Vaccination Hyderabad 1872-1889 - 1872-1889
Year: 1872
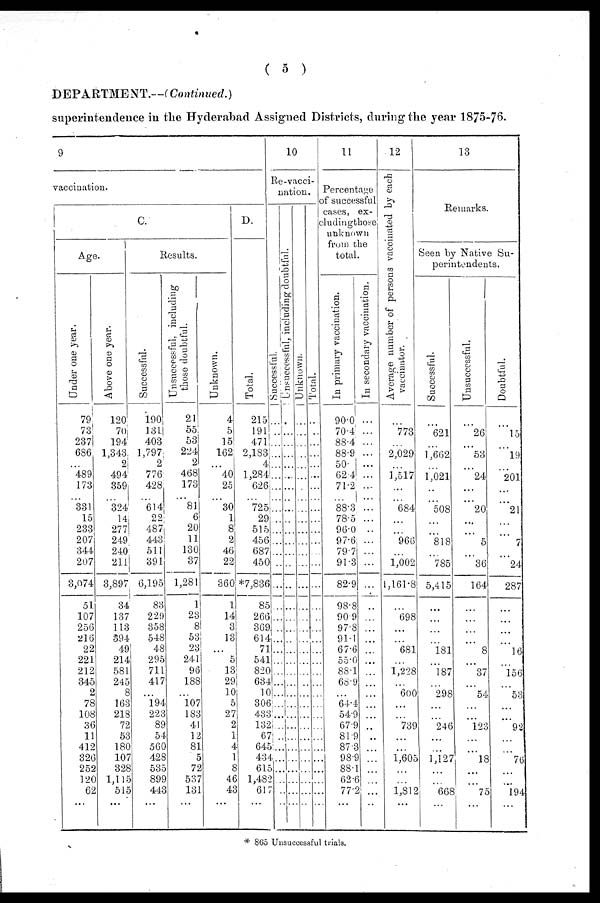
( 5 )
DEPARTMENT.—(Continued.)
superintendence in the Hyderabad Assigned Districts, during the year 1875-76.
9
vaccination.
C.
Age.
Under one year.
79 73
237
686
...
489
173
...
331
15
233
207
344
207
3,074
51
107
256
216
22
221
212
345
2
78
108
36
11
412
326
252
120
62
...
Above one year.
120
70
194
1,343
2
494
359
...
324
14
277
249
240
211
3,897
34
137
113
394
49
214
581
245
8
163
218
72
53
180
107
328
1,115
515
...
Results.
Successful.
190
131
403
1,797
2
776
428
...
614
22
487
443
511
391
6,195
83
229
358
548
48
295
711
417
...
194
223
89
54
560
428
535
899
443
...
Unsuccessful, including
those doubtful.
21
55
53
224
2
468
173
...
81
6
20
11
130
37
1,281
1
23
8
53
23
241
96
188
...
107
183
41
12
81
5
72
537
131
...
Unknown.
4
5
15
162
...
40
25
...
30
1
8
2
46
22
360
1
14
3
13
...
5
13
29
10
5
27
2
1
4
1
8
46
43
...
D.
Total.
215
191
471
2,183
4
1,284
626
...
725
29
515
456
687
450
*7,836
85
266
369
614
71
541
820
634
10
306
433
132
67
645
434
615
1,482
617
...
10
Re-vacci-
nation.
Successful.
...
...
...
...
...
...
...
...
...
...
...
...
...
...
...
...
...
...
...
...
...
...
...
...
...
...
...
...
...
...
...
...
...
...
Unsuccessful, including doubtful.
...
...
...
...
...
...
...
...
...
...
...
...
...
...
...
...
...
...
...
...
...
...
...
...
...
...
...
...
...
...
...
...
...
...
Unknown.
...
...
...
...
...
...
...
...
...
...
...
...
...
...
...
...
...
...
...
...
...
...
...
...
...
...
...
...
...
...
...
...
...
...
Total.
...
...
...
...
...
...
...
...
...
...
...
...
...
...
...
...
...
...
...
...
...
...
...
...
...
...
...
...
...
...
...
...
...
...
11
Percentage
of successful
cases, ex¬
cluding those
unknown
from the
total.
In primary vaccination.
90.0
70.4
88.4
88.9
50.
62.4
71.2
... 88.3
78.5
96.0
97.6
79.7
91.3
82.9
98.8
90.9
97.8
91.1
67.6
55.0
88.1
68.9
...
64.4
54.9
67.9
81.9
87.3
98.9
88.1
62.6
77.2
...
In secondary vaccination.
...
...
...
...
...
...
...
...
...
...
...
...
...
...
...
...
...
...
...
...
...
...
...
...
...
...
...
...
...
...
...
...
...
...
12
Average number of persons vaccinated by each
vaccinator.
...
773
...
2,029
...
1,517
...
...
684
...
...
966
...
1,002
1,161.8
...
698
...
...
681
...
1,228
...
600
...
...
739
...
...
1,605
...
...
1,812
...
13
Remarks.
Seen by Native Su-
perintendents.
Successful.
...
621
...
1,662
...
1,021
...
...
508
...
...
818
...
785
5,415
...
...
...
...
181
...
187
...
298
...
...
246
...
...
1,127
...
...
668
...
Unsuccessful.
...
26
...
53
...
24
...
...
20
...
...
5
...
36
164
...
...
...
...
8
...
37
...
54
...
...
123
...
...
18
...
...
75
...
Doubtful.
...
15
...
19
...
201
...
...
21
...
...
7
...
24
287
...
...
...
...
16
...
156
...
53
...
...
92
...
...
76
...
...
194
...
* 865 Unsuccessful trials.